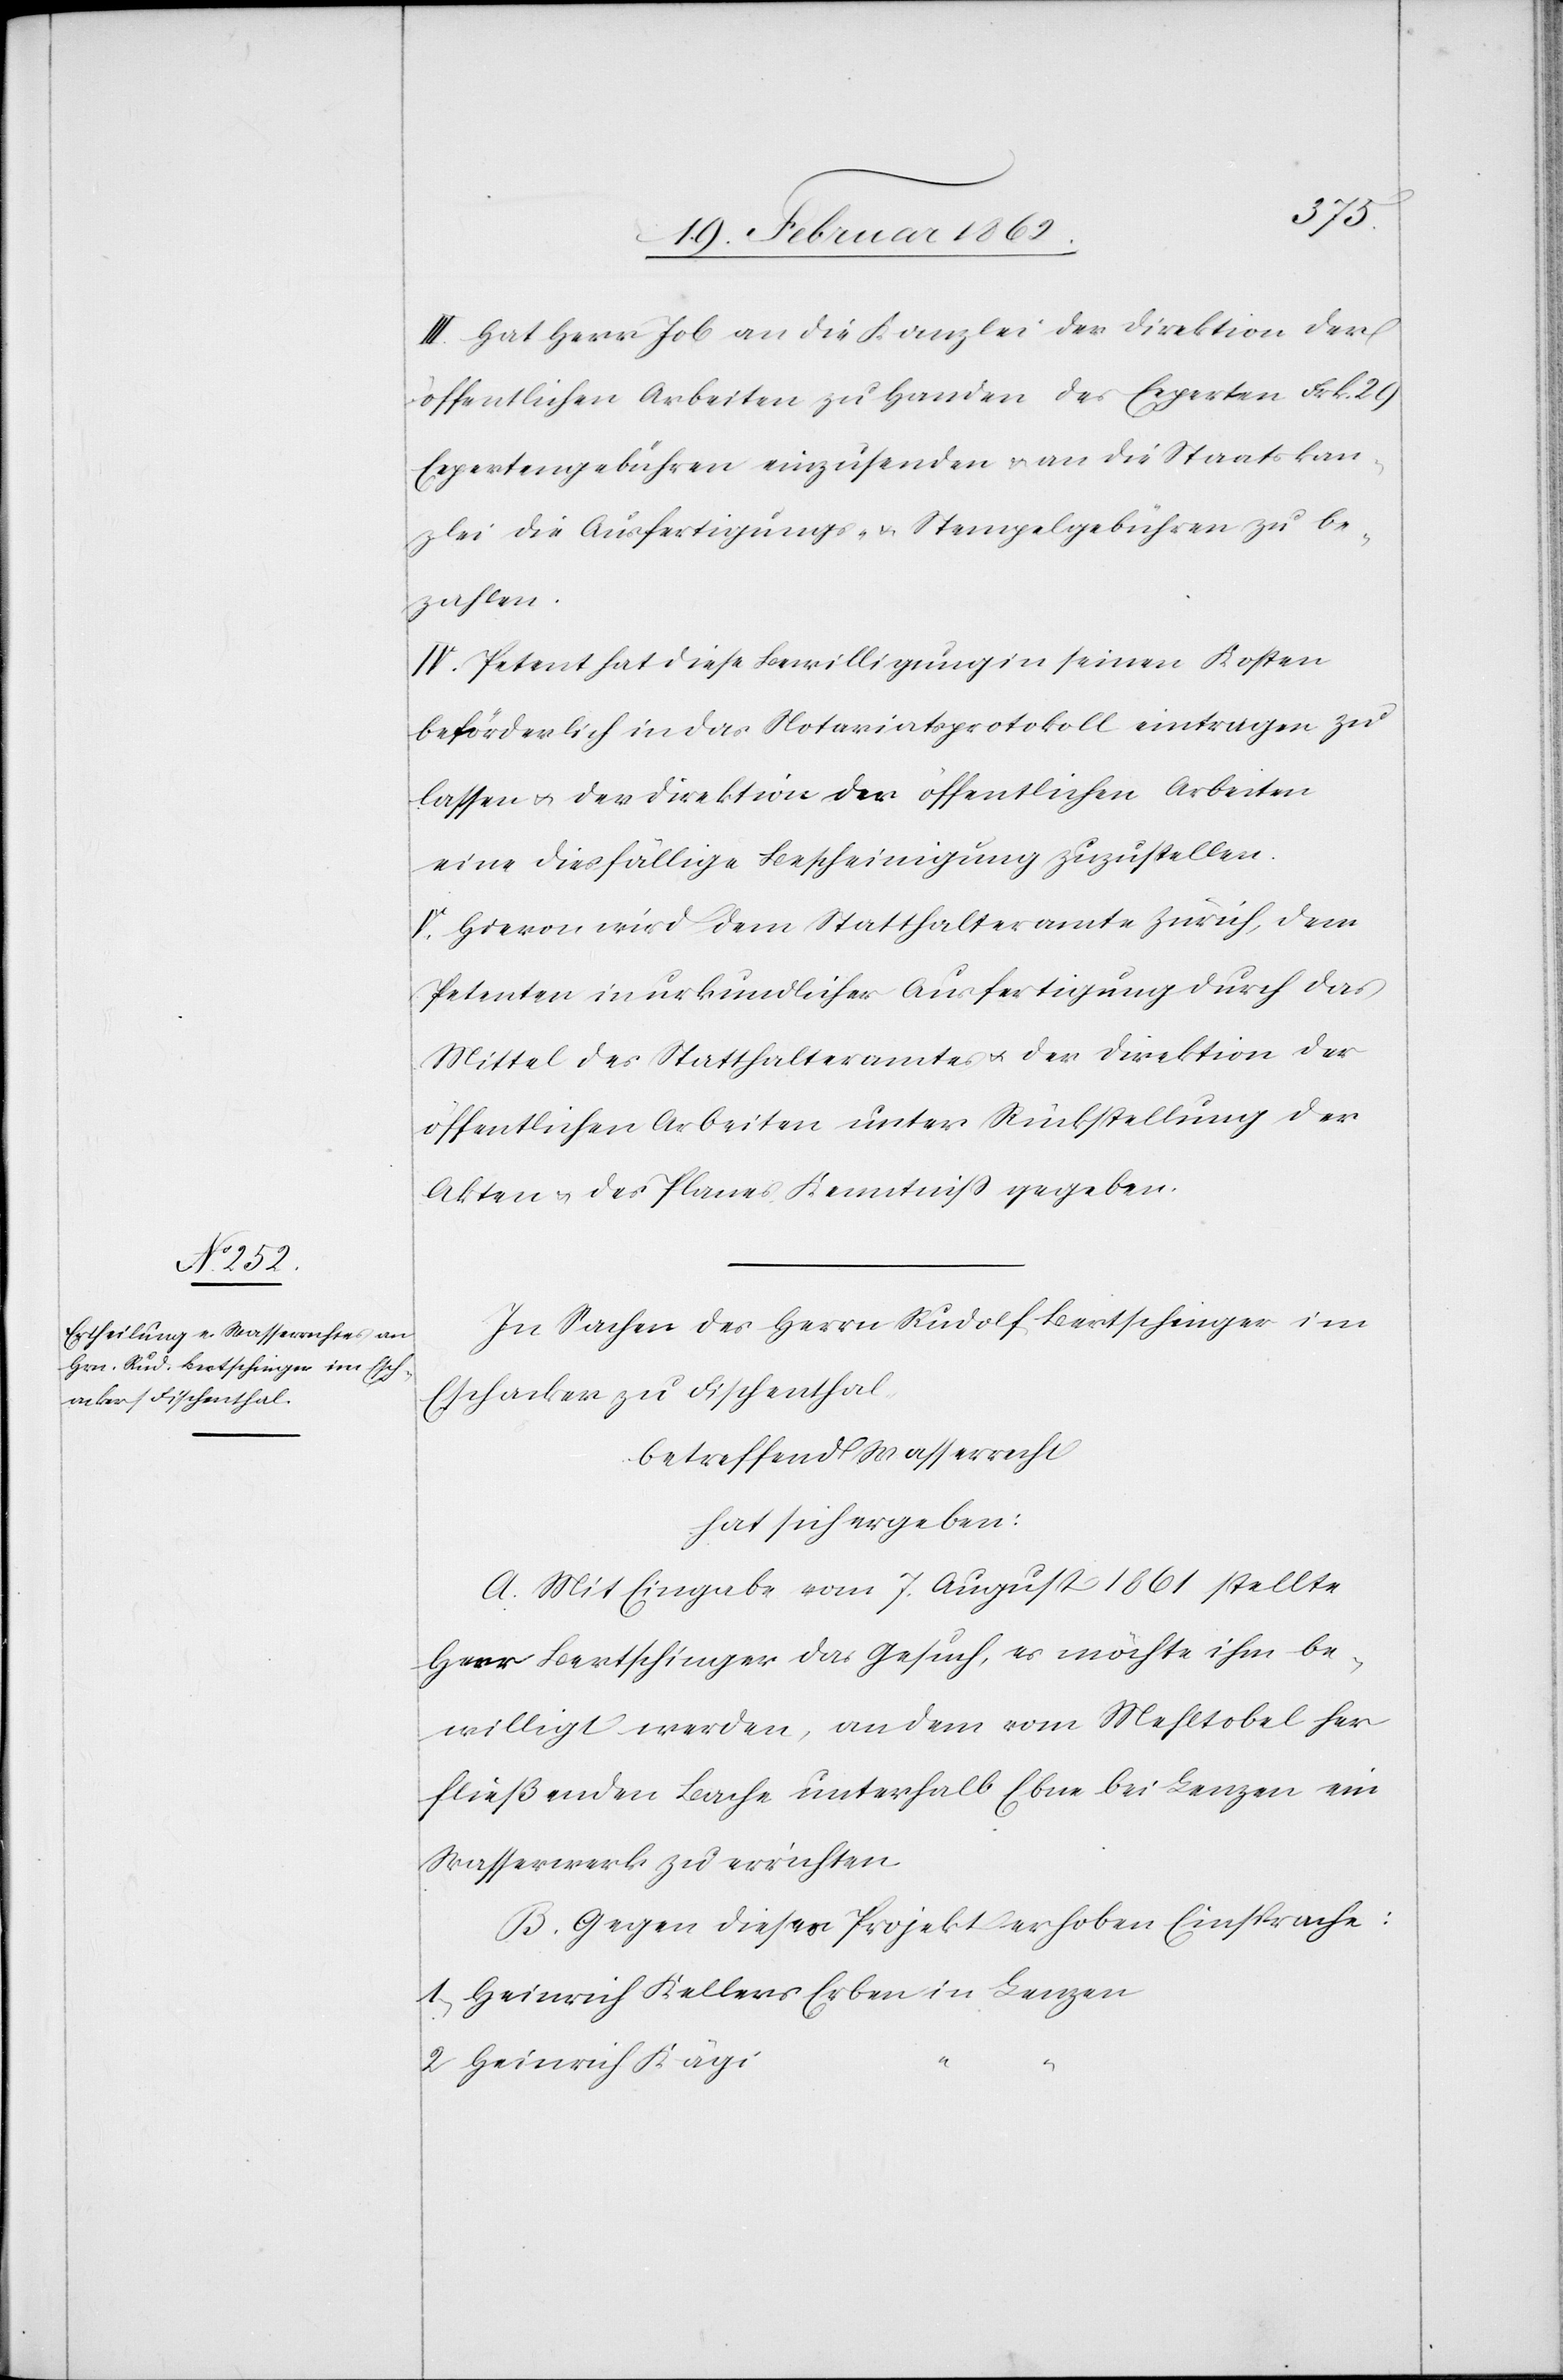
III. Hat Herr Job an die Kanzlei der Direktion der
öffentlichen Arbeiten zu Handen des Experten Frk. 29
Expertengebühren einzusenden & an die Staatskan¬
zlei die Ausfertigungs- u. Stempelgebühren zu be¬
zahlen.
IV. Petent hat diese Bewilligung in seinen Kosten
beförderlich in das Notariatsprotokoll eintragen zu
lassen u. der Direktion der öffentlichen Arbeiten
eine diesfällige Bescheinigung zuzustellen.
V. Hievon wird dem Statthalteramte Zürich, dem
Petenten in urkundlicher Ausfertigung durch das
Mittel des Statthalteramtes u. der Direktion der
öffentlichen Arbeiten unter Rückstellung der
Akten u. des Planes Kenntniß gegeben.
In Sachen des Herrn Rudolf Bertschinger im
Eschacker zu Fischenthal,
betreffend Wasserrecht
hat sich ergeben:
A. Mit Eingabe vom 7. August 1861 stellte
Herr Bertschinger das Gesuch, es möchte ihm be¬
willigt werden, an dem vom Mehltobel her
fließenden Bache unterhalb Ebne bei Lenzen ein
Wasserwerk zu errichten.
B. Gegen dieses Projekt erhoben Einsprache:
1) Heinrich Kellers Erben in Lenzen
2) Heinrich Kägi